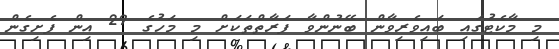
މި މާކެޓުގައި ބައިވެރިވާން ބޭނުންވާ ފަރާތްތަކަށް މި މަހުގެ 29 އިން ފެށިގެން